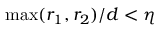
\operatorname* { m a x } ( r _ { 1 } , r _ { 2 } ) / d < \eta